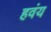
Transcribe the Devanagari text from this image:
हवंय